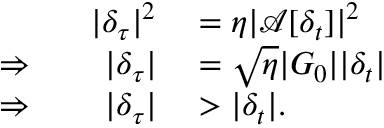
\begin{array} { r l } { | \delta _ { \tau } | ^ { 2 } } & { { } = \eta | \mathcal { A } [ \delta _ { t } ] | ^ { 2 } } \\ { \Rightarrow \qquad | \delta _ { \tau } | } & { { } = \sqrt { \eta } | G _ { 0 } | | \delta _ { t } | } \\ { \Rightarrow \qquad | \delta _ { \tau } | } & { { } > | \delta _ { t } | . } \end{array}